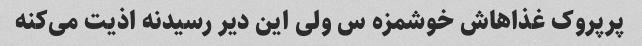
پرپروک غذاهاش خوشمزه س ولی این دیر رسیدنه اذیت می‌کنه